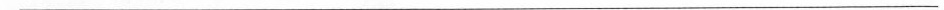
___